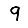
Digit: 9